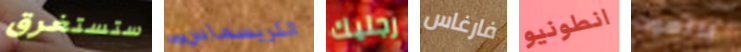
ستستغرق الكريسماس رجليك فارغاس انطونيو بالموت